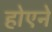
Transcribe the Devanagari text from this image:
होएने